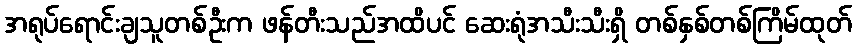
အရုပ်ရောင်းချသူတစ်ဦးက ဖန်တီးသည်အထိပင် ဆေးရုံအသီးသီးရှိ တစ်နှစ်တစ်ကြိမ်ထုတ်